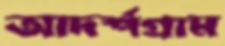
আদর্শগ্রাম